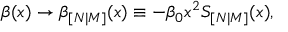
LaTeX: \beta ( x ) \rightarrow \beta _ { [ N | M ] } ( x ) \equiv - \beta _ { 0 } x ^ { 2 } S _ { [ N | M ] } ( x ) ,